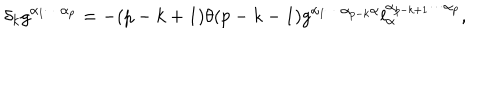
\delta _ { k } g ^ { \alpha _ { 1 } \cdots \alpha _ { p } } = - ( p - k + 1 ) \theta ( p - k - 1 ) g ^ { \alpha _ { 1 } \cdots \alpha _ { p - k } \alpha } l _ { \alpha } ^ { \alpha _ { p - k + 1 } \cdots \alpha _ { p } } ,